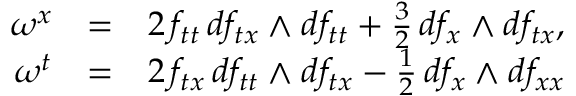
\begin{array} { r c l } { { \omega ^ { x } } } & { { = } } & { { 2 \, f _ { t t } \, d f _ { t x } \wedge d f _ { t t } + \frac { 3 } { 2 } \, d f _ { x } \wedge d f _ { t x } , } } \\ { { \omega ^ { t } } } & { { = } } & { { 2 \, f _ { t x } \, d f _ { t t } \wedge d f _ { t x } - \frac { 1 } { 2 } \, d f _ { x } \wedge d f _ { x x } } } \end{array}